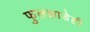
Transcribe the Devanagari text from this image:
फुलझाडेही